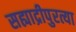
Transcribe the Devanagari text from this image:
सह्याद्रीपुरत्या